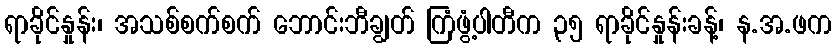
ရာခိုင်နှုန်း၊ အသစ်စက်စက် ဘောင်းဘီချွတ် ကြံဖွံ့ပါတီက ၃၅ ရာခိုင်နှုန်းခန့်၊ န.အ.ဖက